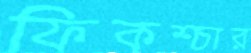
ফিকশ্চার